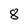
Character: 8